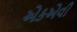
એકએવી